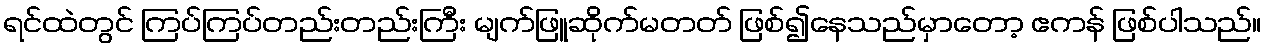
ရင်ထဲတွင် ကြပ်ကြပ်တည်းတည်းကြီး မျက်ဖြူဆိုက်မတတ် ဖြစ်၍နေသည်မှာတော့ ဧကန် ဖြစ်ပါသည်။